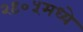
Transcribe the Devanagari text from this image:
२९०५मध्ये